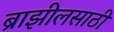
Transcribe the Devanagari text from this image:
ब्राझीलसाठी